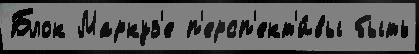
Блок Маркуз'е п'ерсп'ект'и́вы быть